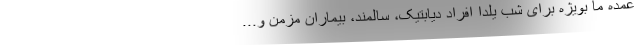
عمده ما بویژه برای شب یلدا افراد دیابتیک، سالمند، بیماران مزمن و...